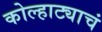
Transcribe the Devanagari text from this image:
कोल्हाट्याचं